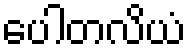
ပေါတလိယံ